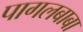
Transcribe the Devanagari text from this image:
पागलबाबा